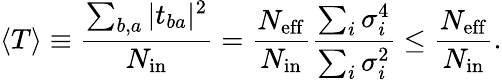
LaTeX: \langle T\rangle\equiv\frac{\sum_{b,a}|t_{ba}|^{2}}{N_{\mathrm{in}}}=\frac{N_{\mathrm{eff}}}{N_{\mathrm{in}}}\frac{\sum_{i}\sigma_{i}^{4}}{\sum_{i}\sigma_{i}^{2}}\leq\frac{N_{\mathrm{eff}}}{N_{\mathrm{in}}}.